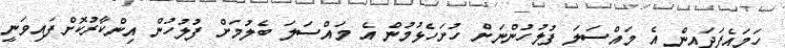
ހަމައެފަދައިން އެ މައްސަލަ ފުލުހުންނަށް ހުށަހެޅުމުން އެ މައްސަލަ ބެލުމަށް ފުލުހުން އިންކާރުކޮށްފައިވަނީ